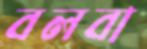
বলবা